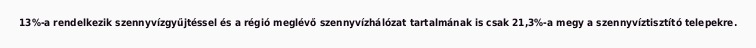
13%-a rendelkezik szennyvízgyűjtéssel és a régió meglévő szennyvízhálózat tartalmának is csak 21,3%-a megy a szennyvíztisztító telepekre.